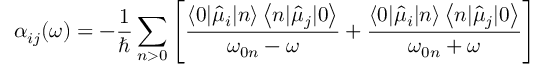
\small \alpha _ { i j } ( \omega ) = - \frac { 1 } { \hbar } \sum _ { n > 0 } \left[ \frac { \left\langle 0 | \hat { \mu } _ { i } | n \right\rangle \left\langle n | \hat { \mu } _ { j } | 0 \right\rangle } { \omega _ { 0 n } - \omega } + \frac { \left\langle 0 | \hat { \mu } _ { i } | n \right\rangle \left\langle n | \hat { \mu } _ { j } | 0 \right\rangle } { \omega _ { 0 n } + \omega } \right]